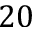
2 0